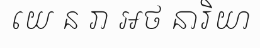
យេ ន រា អថ នារិយា